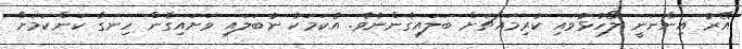
އޭރު އިންނަނީ ލޯހުޅުވައި ކުރިމައްޗަށް ބަލައިގެންނެވެ. އެކަމަކު ނުބަލައި ވަށައިގެން ހިނގާ ކަންކަމަށް